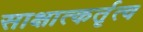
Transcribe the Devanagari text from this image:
साक्षात्कर्तृत्व